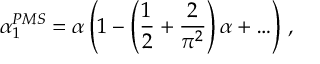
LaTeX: \alpha _ { 1 } ^ { P M S } = \alpha \left( 1 - \left( { \frac { 1 } { 2 } } + { \frac { 2 } { \pi ^ { 2 } } } \right) \alpha + \ldots \right) \, ,